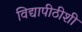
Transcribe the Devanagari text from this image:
विद्यापीठीशी